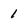
Character: 1